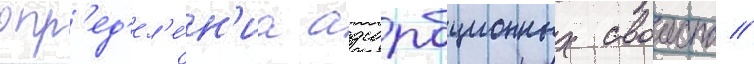
опр'ед'ел'е́н'иа адсорбционных своиств //